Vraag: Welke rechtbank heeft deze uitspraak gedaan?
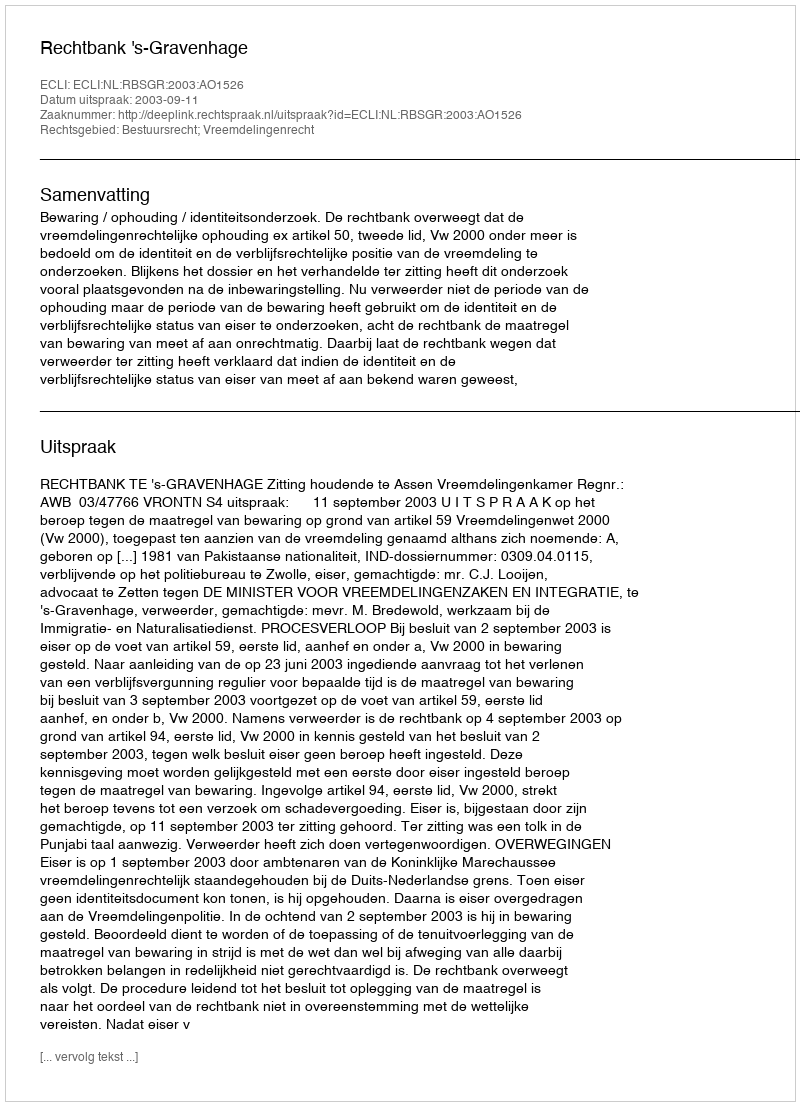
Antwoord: Rechtbank 's-Gravenhage